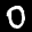
Label: 0